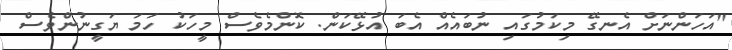
"އަހަންނަށް އެނގޭ މިކަމުގައި ނުބައެއް އެބަ އުޅޭކަން. ކޮންމެވެސް މީހަކު ހަމަ ޔަގީނުންވެސް